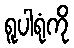
ရူပါရုံကို